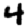
Digit: 4